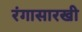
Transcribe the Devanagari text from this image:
रंगासारखी